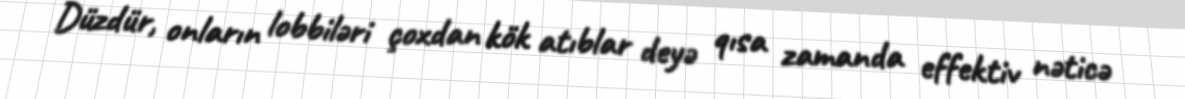
Düzdür, onların lobbiləri çoxdan kök atıblar deyə qısa zamanda effektiv nəticə